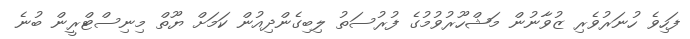
ފަހިވެ ހުނަރުވެރި ޒުވާނުން މަޝްހޫރުވުމުގެ ފުރުސަތު ލިބިގެންދިއުން ކަމަށް ޔޫތް މިނިސްޓްރީން ބުނެ